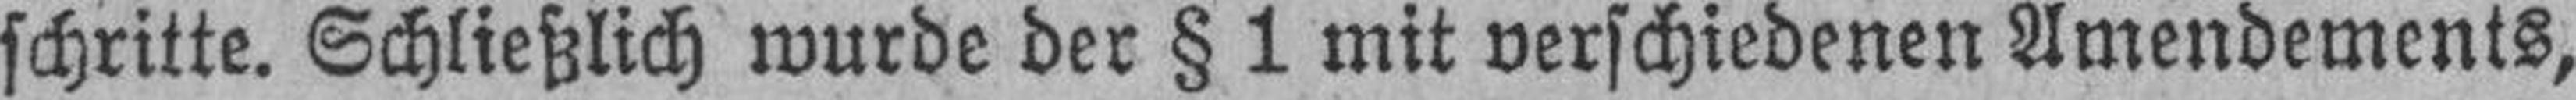
schritte. Schließlich wurde der § 1 mit verschiedenen Amendements,